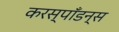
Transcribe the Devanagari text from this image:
करस्पाँडन्स